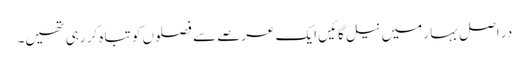
در اصل بہار میں نیل گائیں ایک عرصے سے فصلوں کو تباہ کر رہی تھیں۔